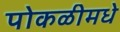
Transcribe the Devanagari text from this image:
पोकळीमधे